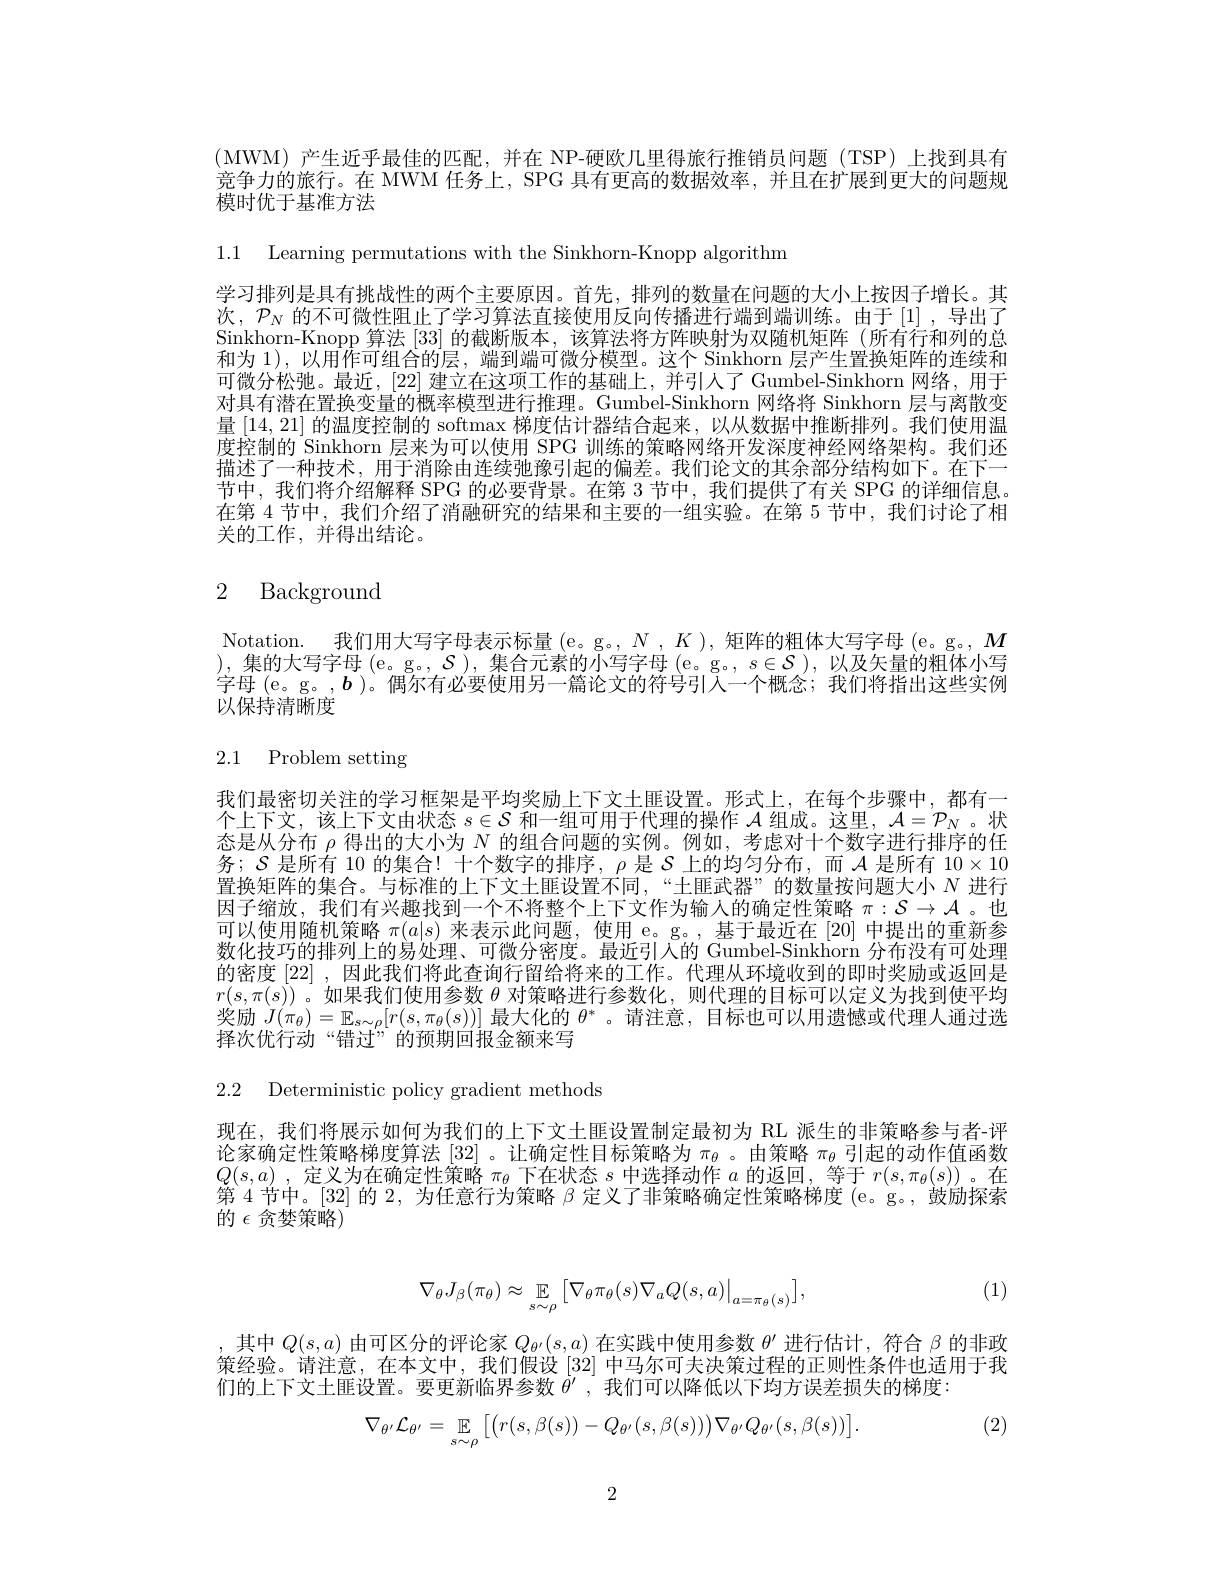
(MWM)产生近乎最佳的匹配，并在 NP-硬欧几里得旅行推销员问题(TSP)上找到具有竞争力的旅行。在 MWM 任务上，SPG 具有更高的数据效率，并且在扩展到更大的问题规模时优于基准方法

1.1 Learning permutations with the Sinkhorn-Knopp algorithm

学习排列是具有挑战性的两个主要原因。首先，排列的数量在问题的大小上按因子增长。其次，$\mathcal{P}_N$的不可微性阻止了学习算法直接使用反向传播进行端到端训练。由于[1],导出了Sinkhorn-Knopp 算法 [33] 的截断版本，该算法将方阵映射为双随机矩阵 (所有行和列的总和为 1), 以用作可组合的层，端到端可微分模型。这个 Sinkhorn 层产生置换矩阵的连续和可微分松弛。最近，[22]建立在这项工作的基础上，并引人了 Gumbel-Sinkhorn 网络，用于对具有潜在置换变量的概率模型进行推理。Gumbel-Sinkhorn 网络将 Sinkhorn 层与离散变量[14,21]的温度控制的 softmax 梯度估计器结合起来，以从数据中推断排列。我们使用温度控制的 Sinkhorn 层来为可以使用 SPG 训练的策略网络开发深度神经网络架构。我们还描述了一种技术，用于消除由连续弛豫引起的偏差。我们论文的其余部分结构如下。在下一节中，我们将介绍解释 SPG 的必要背景。在第 3 节中，我们提供了有关 SPG 的详细信息。在第 4 节中，我们介绍了消融研究的结果和主要的一组实验。在第 5 节中，我们讨论了相关的工作，并得出结论。

## 2 Background

Notation. 我们用大写字母表示标量(e。g。,N,K),矩阵的粗体大写字母(e。g。,M) ),集的大写字母(e。g。$,\mathcal{S})$,集合元素的小写字母(e。g。$,s\in\mathcal{S})$,以及矢量的粗体小写字母 (e。g。,b)。偶尔有必要使用另一篇论文的符号引人一个概念；我们将指出这些实例以保持清晰度

2.1 Problem setting

我们最密切关注的学习框架是平均奖励上下文土匪设置。形式上，在每个步骤中，都有一个上下文，该上下文由状态$s\in\mathcal{S}$和一组可用于代理的操作$\mathcal{A}$组成。这里，$\mathcal{A}=\mathcal{P}_N$ 。状态是从分布$\rho$得出的大小为$N$的组合问题的实例。例如，考虑对十个数字进行排序的任务；$S$是所有 10 的集合！十个数字的排序，$\rho$是$\mathcal{S}$上的均匀分布，而$\mathcal{A}$是所有$10\times10$ 置换矩阵的集合。与标准的上下文土匪设置不同，“士匪武器”的数量按问题大小$N$进行因子缩放，我们有兴趣找到一个不将整个上下文作为输人的确定性策略$\pi:\mathcal{S}\to\mathcal{A}$ 。也可以使用随机策略$\pi(a|s)$来表示此问题，使用 e。g。,基于最近在[20] 中提出的重新参数化技巧的排列上的易处理、可微分密度。最近引人的 Gumbel-Sinkhorn 分布没有可处理的密度 [22] ,因此我们将此查询行留给将来的工作。代理从环境收到的即时奖励或返回是$r(s,\pi(s))$ 。如果我们使用参数$\theta$对策略进行参数化，则代理的目标可以定义为找到使平均奖励$J(\pi_\theta)=\mathbb{E}_{s\sim\rho}[r(s,\pi_\theta(s))]$最大化的$\theta^*$ 。请注意，目标也可以用遗憾或代理人通过选择次优行动“错过”的预期回报金额来写

2.2 Deterministic policy gradient methods

现在，我们将展示如何为我们的上下文土匪设置制定最初为 RL 派生的非策略参与者-评论家确定性策略梯度算法[32] 。让确定性目标策略为$\pi_\theta$ 。由策略$\pi_\theta$引起的动作值函数$Q( s, a)$ , 定义为在确定性策略$\pi_\theta$下在状态$s$中选择动作$a$的返回，等于$r(s,\pi_\theta(s))$。在第 4 节中。[32] 的2，为任意行为策略$\beta$定义了非策略确定性策略梯度 (e。g。, 鼓励探索的 $\epsilon$ 贪婪策略)

(1)
$$\nabla_\theta J_\beta(\pi_\theta)\approx\underset{s\sim\rho}{\mathbb{E}}\big[\nabla_\theta\pi_\theta(s)\nabla_aQ(s,a)\big|_{a=\pi_\theta(s)}\big],$$
,其中$Q(s,a)$由可区分的评论家$Q_\theta^{\prime}(s,a)$在实践中使用参数$\theta^\prime$进行估计，符合$\beta$的非政策经验。请注意，在本文中，我们假设[32]中马尔可夫决策过程的正则性条件也适用于我们的上下文土匪设置。要更新临界参数$\dot{\theta}^{\prime}$,我们可以降低以下均方误差损失的梯度：
(2)
$$\nabla_{\theta'}\mathcal{L}_{\theta'}=\underset{s\sim\rho}{\mathbb{E}}\left[\left(r(s,\beta(s))-Q_{\theta'}(s,\beta(s))\right)\nabla_{\theta'}Q_{\theta'}(s,\beta(s))\right].$$
2